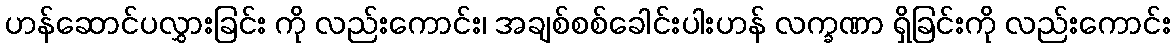
ဟန်ဆောင်ပလွှားခြင်း ကို လည်းကောင်း၊ အချစ်စစ်ခေါင်းပါးဟန် လက္ခဏာ ရှိခြင်းကို လည်းကောင်း